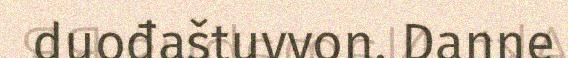
duođaštuvvon. Danne